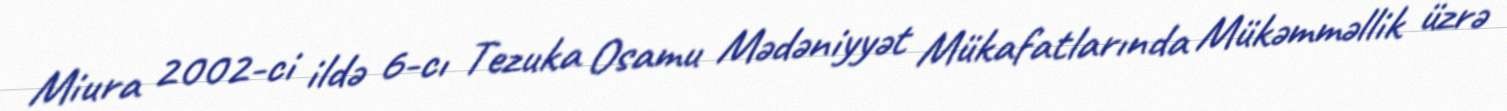
Miura 2002-ci ildə 6-cı Tezuka Osamu Mədəniyyət Mükafatlarında Mükəmməllik üzrə